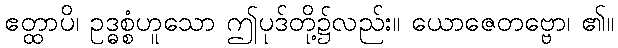
ဧတ္ထာပိ၊ ဥဒ္ဓစ္စံဟူသော ဤပုဒ်တို့၌လည်း။ ယောဇေတဗ္ဗော၊ ၏။